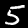
Digit: 5